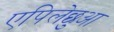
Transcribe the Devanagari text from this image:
एपिलेछुआ